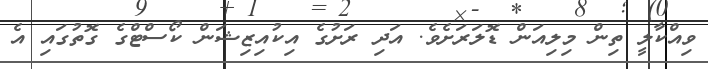
ވިއްކާލީ ތިން މިލިއަން ޑޮލަރަށެވެ. އަދި ރަށުގެ އިކުއިޒިޝަން ކޯސްޓްގެ ގޮތުގައި އެ